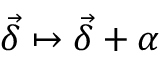
\vec { \delta } \mapsto \vec { \delta } + \alpha